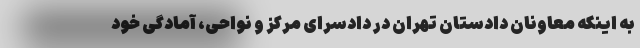
به اینکه معاونان دادستان تهران در دادسرای مرکز و نواحی، آمادگی خود